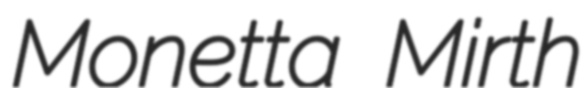
Monetta Mirth